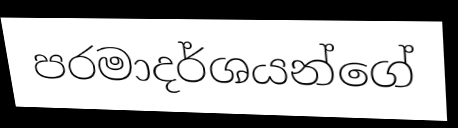
පරමාදර්ශයන්ගේ